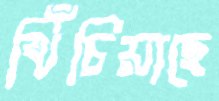
খিঁচিয়াছে